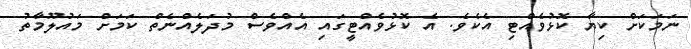
ނަމަކަށް ކިޔާ ކޮޅުވެއްޓި އެކެވެ. އެ ކޮޅުވެއްޓީގައި އެއްވެސް މުދަލެއްނެތް ކަމަށް މައުލޫމާތު